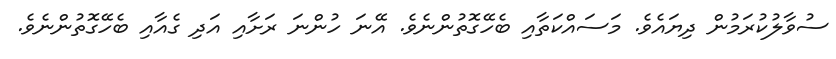
ސުވާލުކުރަމުން ދިޔައެވެ. މަސައްކަތާއި ބެހޭގޮތުންނެވެ. އޭނަ ހުންނަ ރަށާއި އަދި ގެއާއި ބެހޭގޮތުންނެވެ.